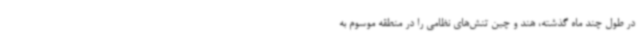
در طول چند ماه گذشته، هند و چین تنش‌های نظامی را در منطقه موسوم به